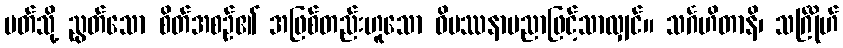
ပတ်သို့ ညွတ်သော စိတ်အစဉ်၏ အဖြစ်တည်းဟူသော ဝိပဿနာပညာဖြင့်သာလျှင်။ သင်္ဂဟိတာနိ၊ သင်္ဂြိုဟ်